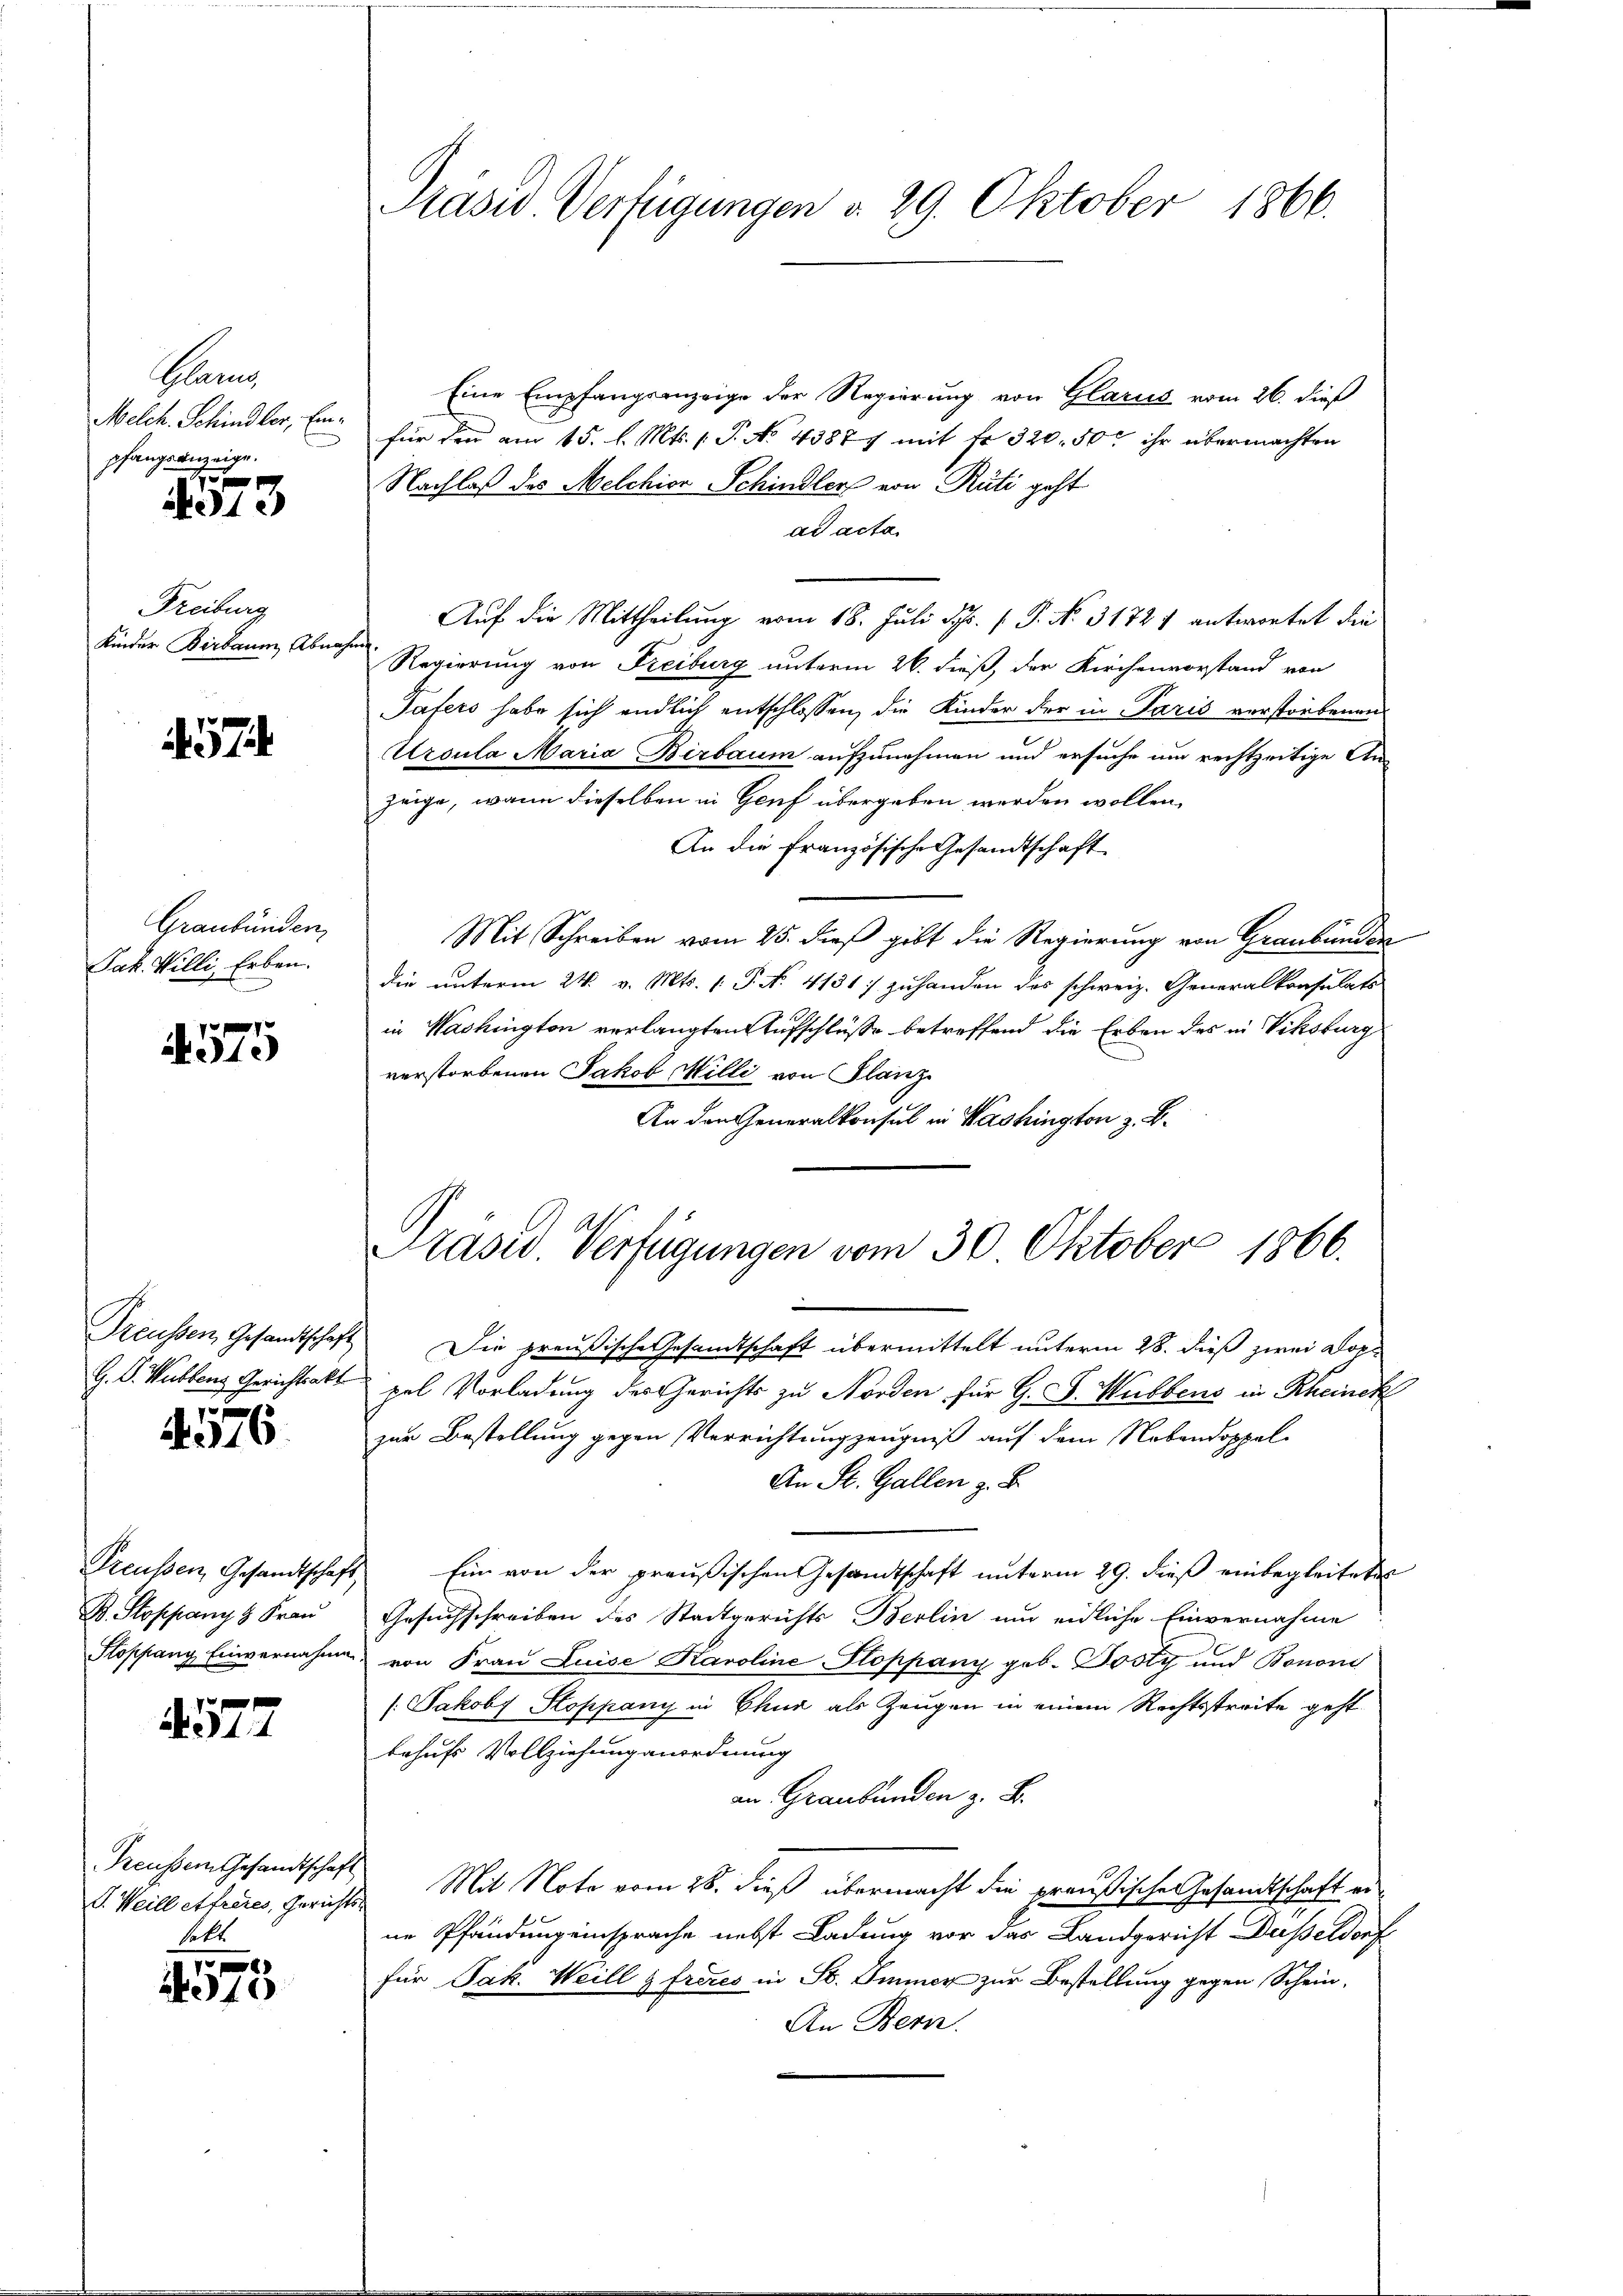
Kan
Melch. Schindler, Einpfangsanzeige.
f

1.

Freiburg
Kinder Berbaum Abnahm

57

Graubünden,
Jak. Willi, Erben.

x
.10)

Treussen, Gesandtschaft
G. V. Wüstenz Gerichtsakt

4. 576

Preußen, Gesandtschaft,
B. Stoppany & Frau
Stopfang Einvernahmen.

4577

V. Weill et freies, Gerichtshett

240

Kasis Verfügungen d. 29. Oktober 1866.

Eine Empfangsanzeige der Regierung von Glarus vom 26. dieß
für den am 15. l. Mts. 1. P. No 43887 mit fr. 320. 50 ihr übermachten
Nachlaß des Melchior Schindler von Rüti geht
ad acta
Auf die Mittheilung vom 18. Juli d. P. No. 31721 antwortet die
Regierung von Freiburg unterm 26. dieß, der Kirchenvorstand von
Jafers habe sich endlich entschlossen, die Kinder der in Paris verstorbenen
Ursula Maria Birbaum aufzunehmen und ersuche um rechtzeitige Anzeige, wenn dieselben in Genf übergeben werden wollen,
An die französische Gesandtschaft
Mit Schreiben vom 25. dieß gibt die Regierung von Graubünden
die unterm 24. v. Mts. (: P. N. 4131 :/ zuhanden des schweiz. Generalkonsulats
in Washington verlangten Aufschlüße betreffend die Erben des in Viksburg
verstorbenen Jakob Milli von Flanz
An den Generalkonsul in Washington z. B.
Präsid. Verfügungen vom 30. Oktober 1866.
Die preußische Gesandtschaft übermittelt unterm 28. dieß zwei Doppel Vorladung des Gerichts zu Norden für G. J. Wullens in Rheinck
zur Bestellung gegen Verrichtungzeugniß auf dem Nobendoppele
An St. Gallen z. B.
Ein von der preußischen Gesandtschaft unterm 29. dieß einbegleitetes
Gesuchschreiben des Stadtgerichts Berlin und eidliche Einvernahme
von Frau Luise Karoline Stoppany geb. Bosty und Bononi
(Jakob Koppany in Chur als Zeugen in einem Rechtsstreite geht
behufs Vollziehung anordnung
an Graubünden z. B.
Teussem Gesandtschaft Mit Noto vom 28. dieß übermacht die preußische Gesandtschaft erne Pfändung einsprache nebst Ladung vor das Landgericht Düßeldorf
für Jak. Weill z frères in St. Immer zur Bestellung gegen Schein-
An Bern.